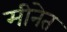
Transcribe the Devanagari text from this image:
मीनेत